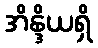
အိန္ဒိယရှိ